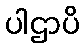
ပါဌာပိ